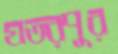
যতরপুর